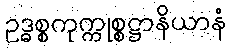
ဥဒ္ဓစ္စကုက္ကုစ္စဋ္ဌာနိယာနံ